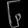
Digit: ၆